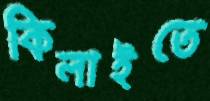
কিলাইতে